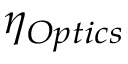
\eta _ { O p t i c s }